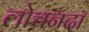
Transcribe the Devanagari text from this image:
लोचनदा